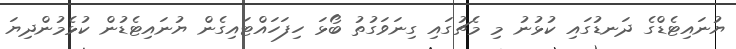
ޔުނައިޓެޑްގެ ދަނޑުގައި ކުޅުނު މި މެޗުގައި ގިނަވަގުތު ބޯޅަ ހިފަހައްޓައިގެން ޔުނައިޓެޑުން ކުޅެމުންދިޔަ